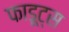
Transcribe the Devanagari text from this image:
फाडूट्स